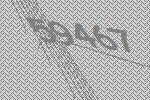
59467